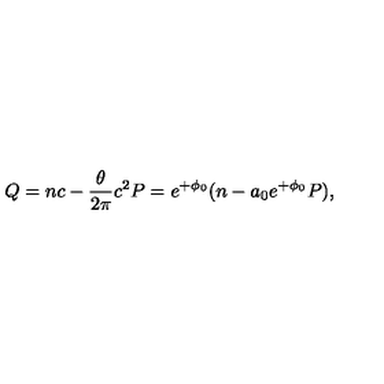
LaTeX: Q = n c - \frac { \theta } { 2 \pi } c ^ { 2 } P = e ^ { + \phi _ { 0 } } ( n - a _ { 0 } e ^ { + \phi _ { 0 } } P ) ,